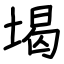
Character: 堨